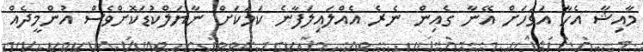
މާއިޝާ އެހާ އަވަހަށް އޭނާ ގެއިން ނެރެ އެއްލައިލަފާނެ ކަމަކަށް ނާޔަލްކުޑަކޮށްވެސް އުންމީދެއް